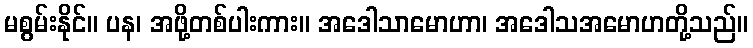
မစွမ်းနိုင်။ ပန၊ အဖို့တစ်ပါးကား။ အဒေါသာမောဟာ၊ အဒေါသအမောဟတို့သည်။